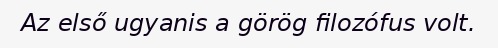
Az első ugyanis a görög filozófus volt.